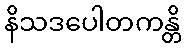
နိသဒပေါတကန္တိ